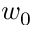
w _ { 0 }